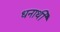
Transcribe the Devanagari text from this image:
धनार्थी